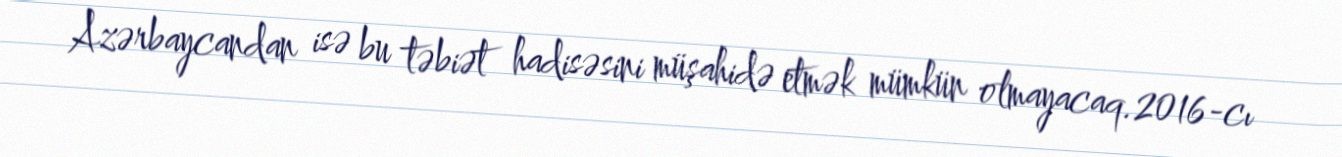
Azərbaycandan isə bu təbiət hadisəsini müşahidə etmək mümkün olmayacaq.2016-cı